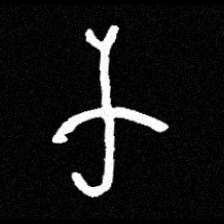
Pyu character \u2014 Myanmar letter: က (romanized: ka)